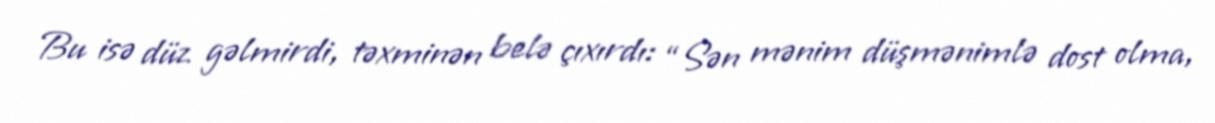
Bu isə düz gəlmirdi, təxminən belə çıxırdı: “Sən mənim düşmənimlə dost olma,